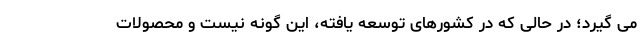
می گیرد؛ در حالی که در کشورهای توسعه یافته، این گونه نیست و محصولات